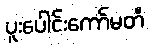
ပူးပေါင်းကော်မတီ